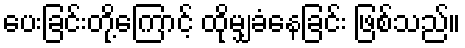
ပေးခြင်းတို့ကြောင့် ထိုမျှခံနေခြင်း ဖြစ်သည်။